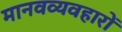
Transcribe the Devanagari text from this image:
मानवव्यवहारों